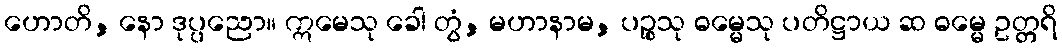
ဟောတိ, နော ဒုပ္ပညော။ ဣမေသု ခေါ တွံ, မဟာနာမ, ပဉ္စသု ဓမ္မေသု ပတိဋ္ဌာယ ဆ ဓမ္မေ ဥတ္တရိ